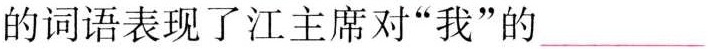
的词语表现了江主席对”我”的__